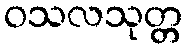
ဝသလသုတ္တ